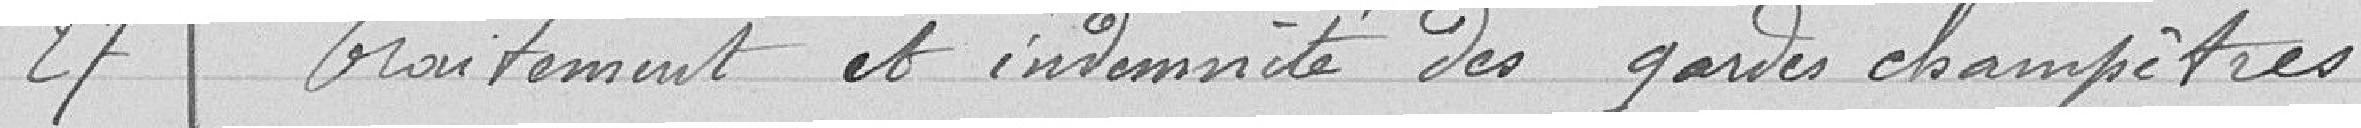
27 Traitement et indemnité des gardes champêtres